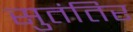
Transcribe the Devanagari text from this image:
सुतंतिर